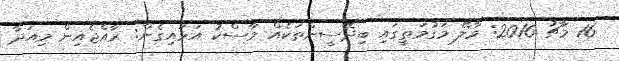
16 މާޗު 2016: މާލޭ މަގުމަތީގައި ބިދޭސީންތަކެއް މާސްކު އަޅައިގެން: ރާއްޖެއިން މިއަދާ